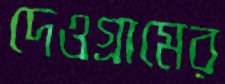
দেওগ্রামের